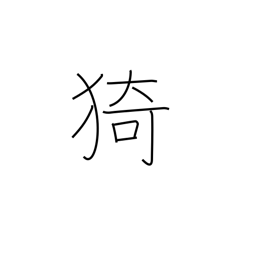
Meaning: luxuriant growth